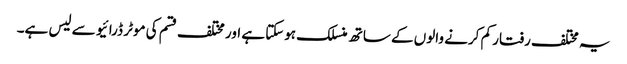
یہ مختلف رفتار کم کرنے والوں کے ساتھ منسلک ہوسکتا ہے اور مختلف قسم کی موٹر ڈرائیو سے لیس ہے۔